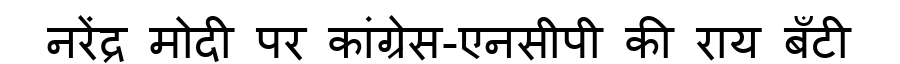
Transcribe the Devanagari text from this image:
नरेंद्र मोदी पर कांग्रेस-एनसीपी की राय बँटी